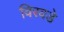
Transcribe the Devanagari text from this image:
विरवडे